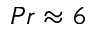
P r \approx 6